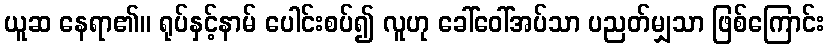
ယူဆ နေရာ၏။ ရုပ်နှင့်နာမ် ပေါင်းစပ်၍ လူဟု ခေါ်ဝေါ်အပ်သာ ပညတ်မျှသာ ဖြစ်ကြောင်း